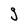
Character: g